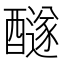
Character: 𨣢